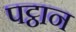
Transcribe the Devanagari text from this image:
पट्ठान